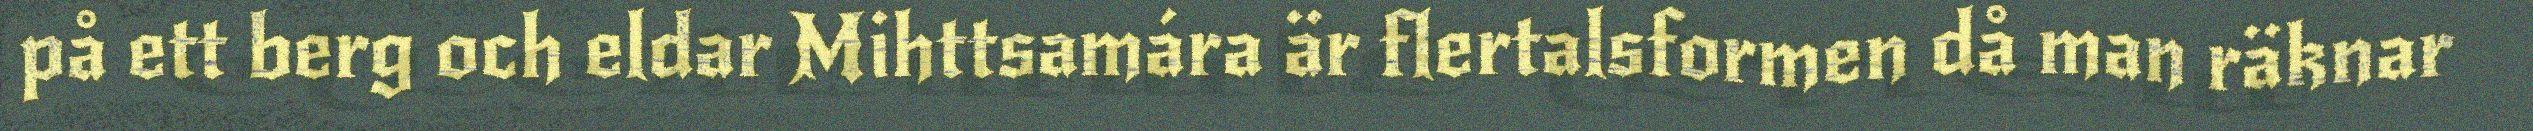
på ett berg och eldar Mihttsamára är flertalsformen då man räknar